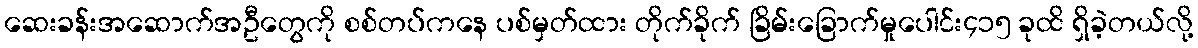
ဆေးခန်းအဆောက်အဦတွေကို စစ်တပ်ကနေ ပစ်မှတ်ထား တိုက်ခိုက် ခြိမ်းခြောက်မှုပေါင်း၄၁၅ ခုထိ ရှိခဲ့တယ်လို့